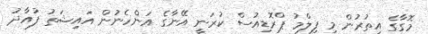
މޮގާގެ އިތުރުން މި ފިލްމު ޕްރޮޑިއުސް ކުރަނީ އޭނާގެ އަންހެނުން އައިޝަތު ފުއާދު